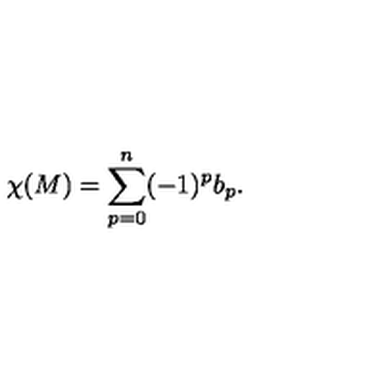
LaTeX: \chi ( M ) = \sum _ { p = 0 } ^ { n } ( - 1 ) ^ { p } b _ { p } .